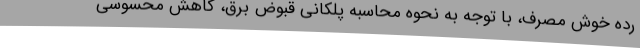
رده خوش مصرف، با توجه به نحوه محاسبه پلکانی قبوض برق، کاهش محسوسی